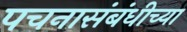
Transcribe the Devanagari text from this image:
पचनासंबंधीच्या